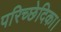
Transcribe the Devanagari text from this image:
परिच्छेदिका।